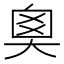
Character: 𡘻